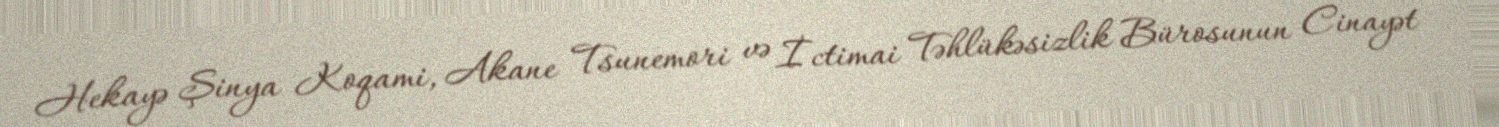
Hekayə Şinya Koqami, Akane Tsunemori və İctimai Təhlükəsizlik Bürosunun Cinayət